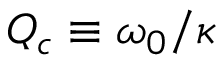
Q _ { c } \equiv \omega _ { 0 } / \kappa